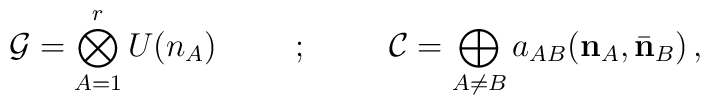
{\cal G}=\bigotimes_{A=1}^rU(n_A)\hspace{1cm};\hspace{1cm}{\cal C}=\bigoplus_{A\neq B}a_{AB}({\bf n}_A,\bar{\bf n}_B)\, ,